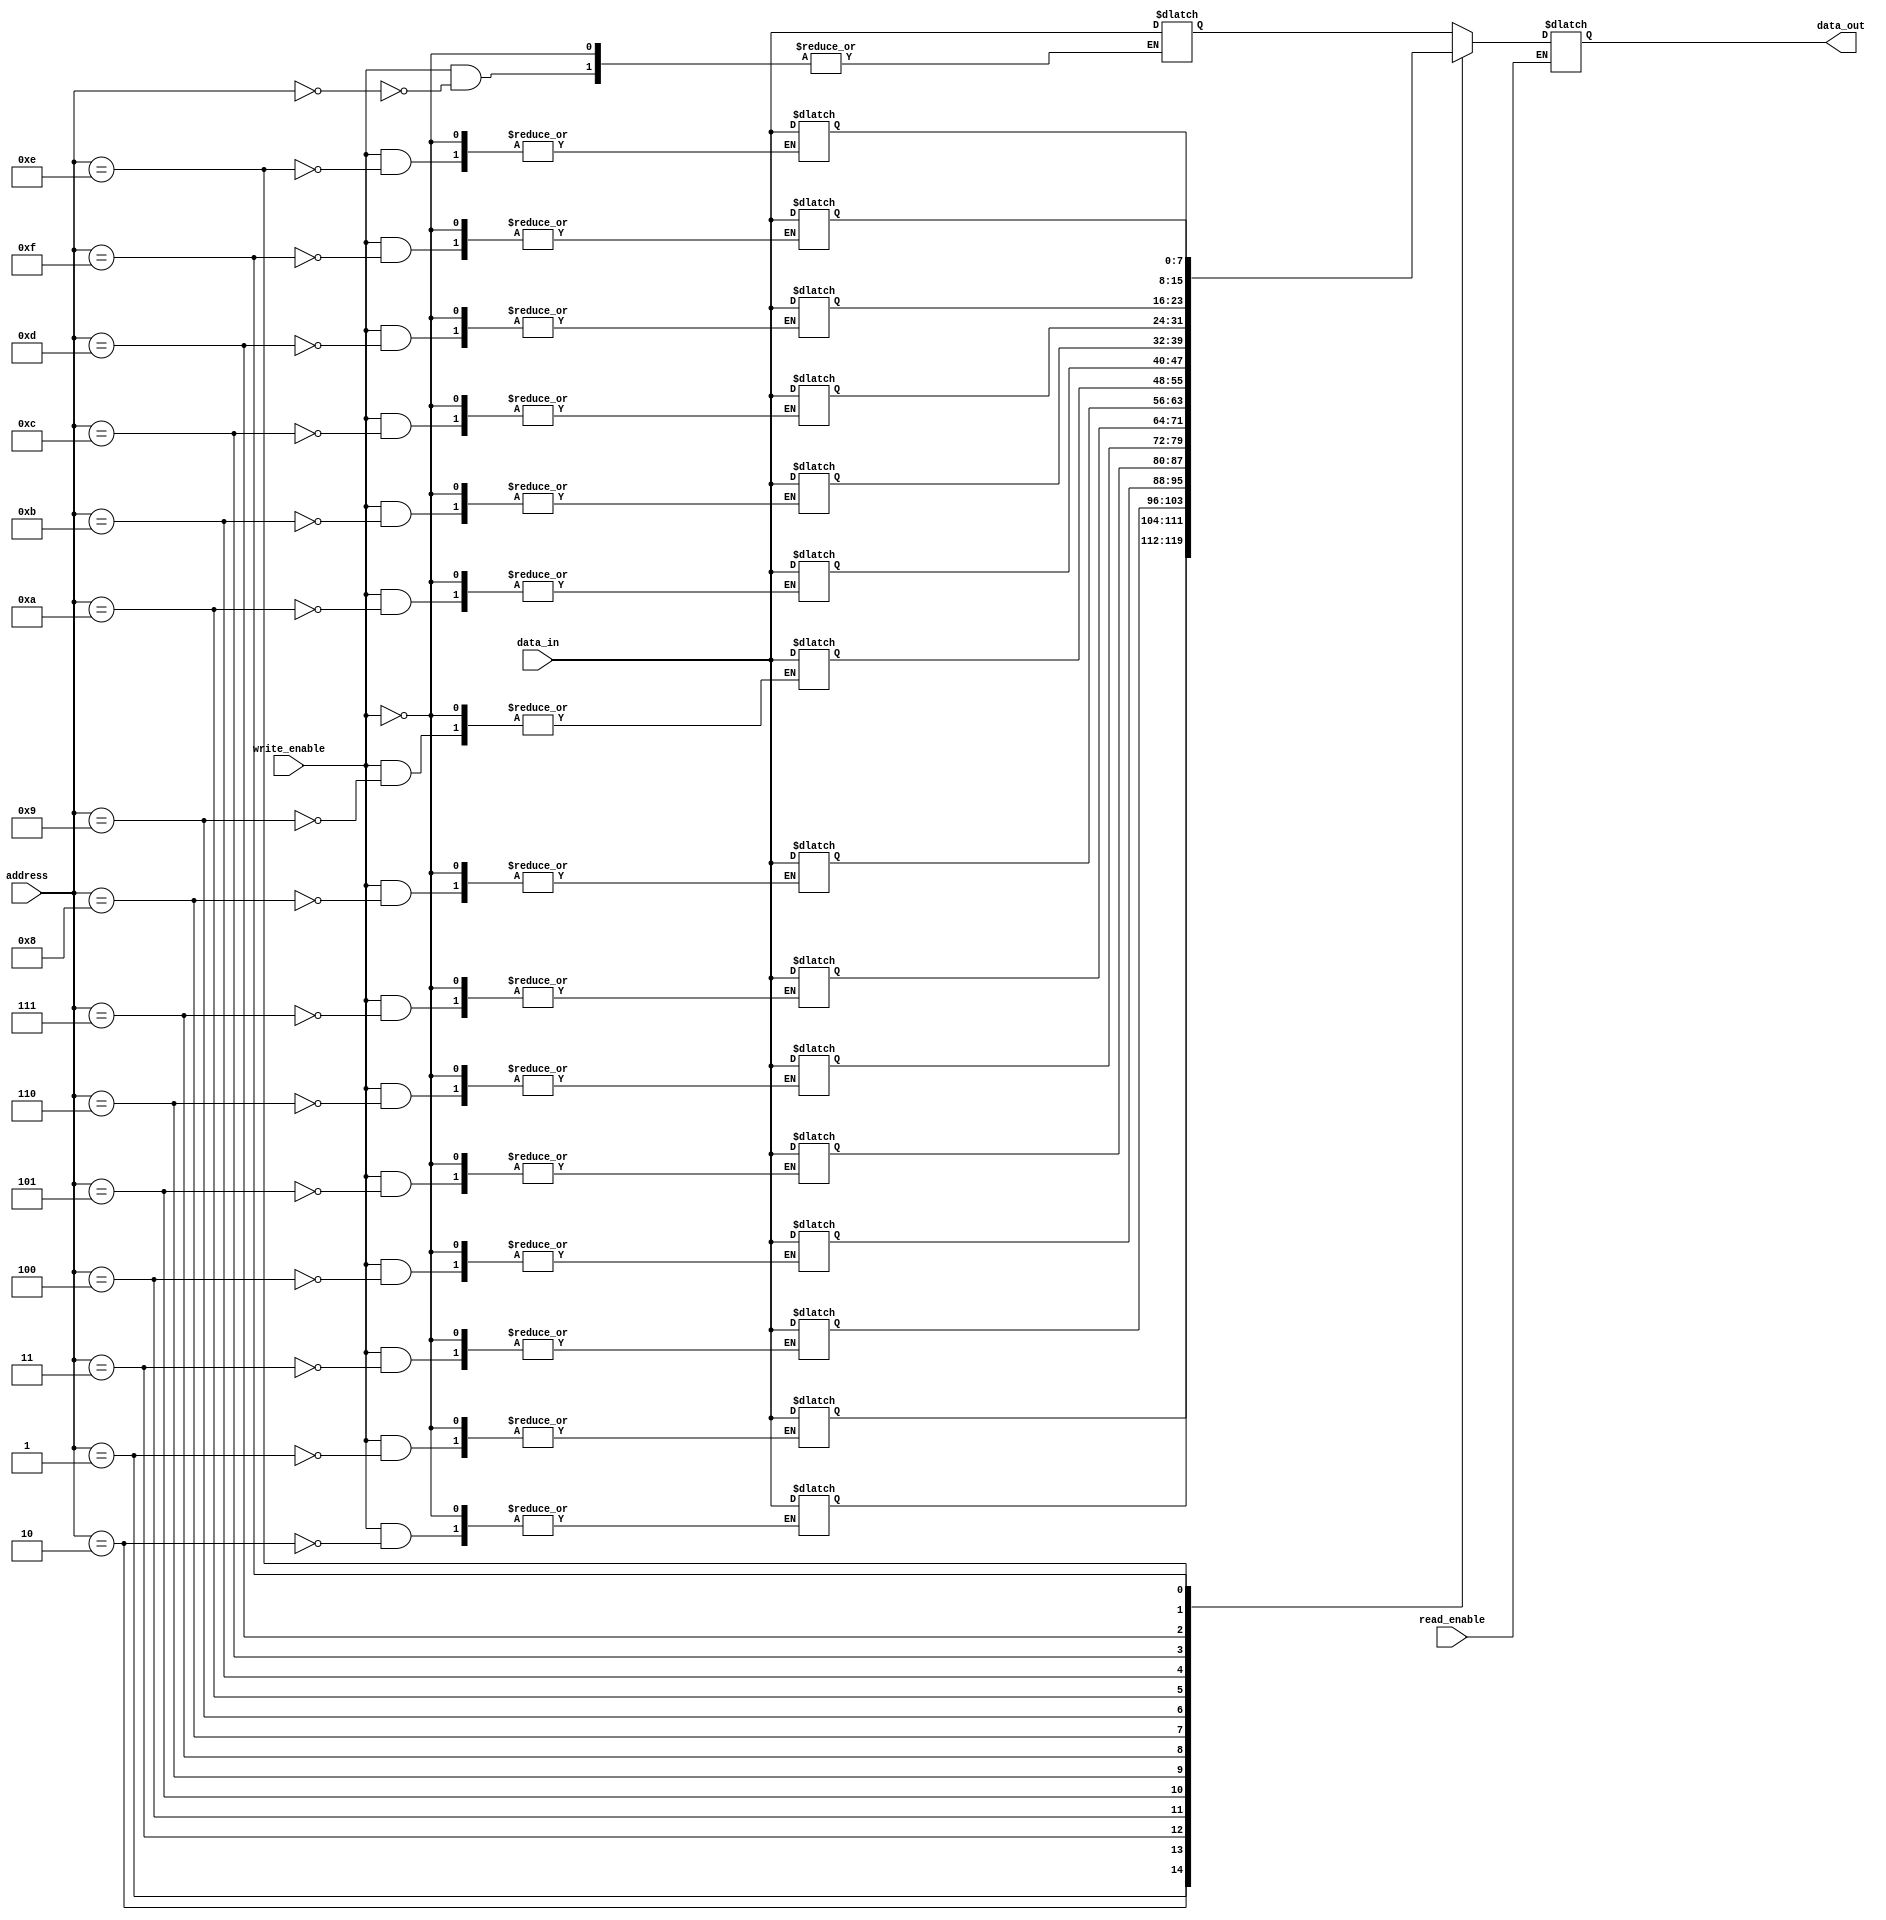
module dual_port_ram (
    input wire [7:0] data_in,
    input wire [3:0] address,
    input wire read_enable,
    input wire write_enable,
    output reg [7:0] data_out
);

reg [7:0] memory [15:0];

always @(*) begin
    if (read_enable) begin
        data_out = memory[address];
    end
    if (write_enable) begin
        memory[address] <= data_in;
    end
end

endmodule